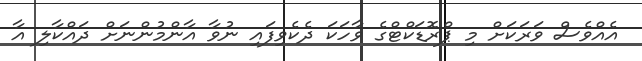
އެއްވެސް ވަރަކަށް މި ޕްރޮޑަކްޓްގެ ވާހަކަ ދެކެވިފައި ނުވާ އާންމުންނަށް ދައްކާލި އާ